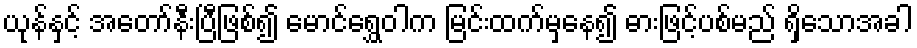
ယုန်နှင့် အတော်နီးပြီဖြစ်၍ မောင်ရွှေဝါက မြင်းထက်မှနေ၍ ဓားဖြင့်ပစ်မည် ရှိသောအခါ